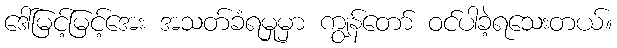
ဒေါ်မြင့်မြင့်အေး အသတ်ခံရမှုမှာ ကျွန်တော် ဝင်ပါခဲ့ရသေးတယ်။